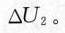
△U_{2}。